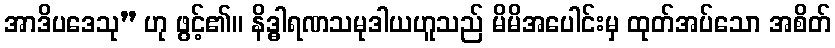
အာဒိပဒေသု” ဟု ဖွင့်၏။ နိဒ္ဓါရဏသမုဒါယဟူသည် မိမိအပေါင်းမှ ထုတ်အပ်သော အစိတ်